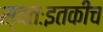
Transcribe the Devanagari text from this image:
स्वतःइतकीच